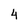
Character: 4